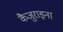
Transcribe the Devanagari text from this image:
कैजुराइना